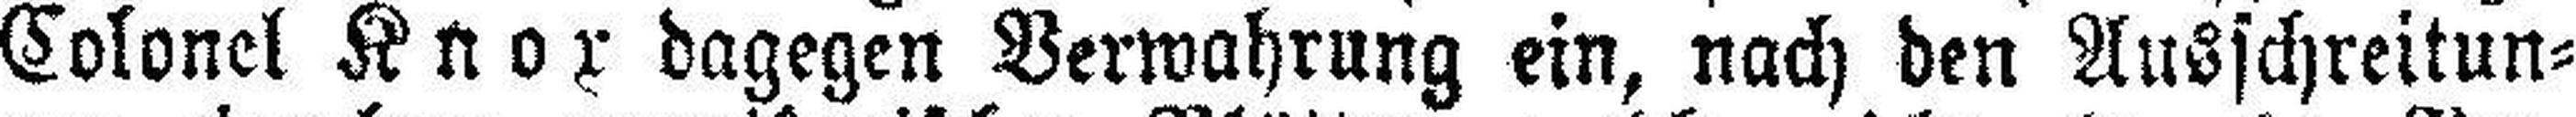
Colonel Knox dagegen Verwahrung ein, nach den Ausschreitun¬